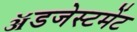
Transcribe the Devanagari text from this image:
ॲडजेस्टमेंट